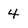
Character: 4